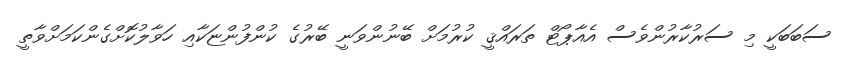
ސަބަބަކީ މި ސަރުކާރުންވެސް އެއާޕޯޓް ތަރައްޤީ ކުރުމަށް ބޭނުންވަނީ ބޭރުގެ ކުންފުންޏަކާއި ހަވާލުކޮށްގެންކަމަށްވާތީ